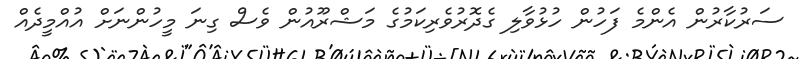
ސަރުކާރުން އެންމެ ފަހުން ހުޅުވާލި ގެދޮރުވެރިކަމުގެ މަޝްރޫއުން ވެސް ގިނަ މީހުންނަށް އުއްމީދެއް